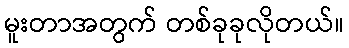
မူးတာအတွက် တစ်ခုခုလိုတယ်။